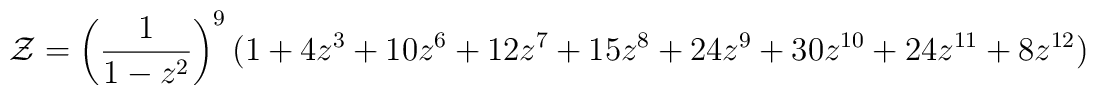
{\cal Z} = \left( \frac{1}{1 - z^{2}} \right)^{9}         (1 + 4z^{3} + 10z^{6} + 12z^{7} + 15z^{8} + 24z^{9} +         30z^{10} + 24z^{11} + 8z^{12})